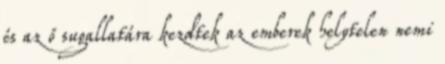
és az ő sugallatára kezdtek az emberek helytelen nemi